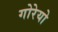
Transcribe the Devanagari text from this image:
गोरेयो